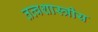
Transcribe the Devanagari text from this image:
तत्वशास्त्रीय